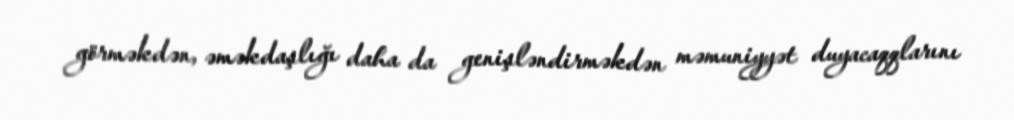
görməkdən, əməkdaşlığı daha da genişləndirməkdən məmuniyyət duyacaqqlarını